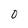
Character: O